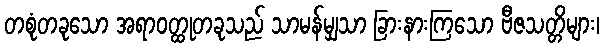
တစုံတခုသော အရာဝတ္ထုတခုသည် သာမန်မျှသာ ခြားနားကြသော ဗီဇသတ္တိများ၊